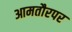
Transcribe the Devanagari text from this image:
आमतौरपर